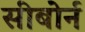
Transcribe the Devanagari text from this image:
सीबोर्न